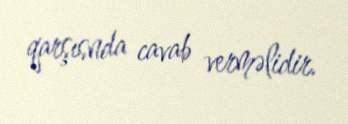
qarşısnda cavab verməlidir.